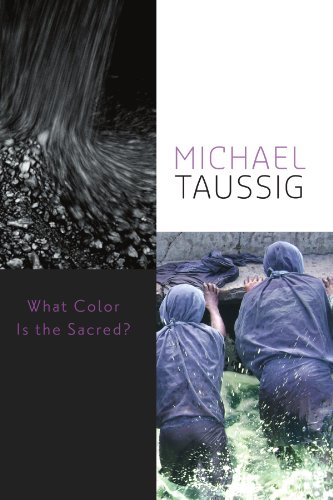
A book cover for What Color Is the Sacred?; Michael Taussig; Politics & Social Sciences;